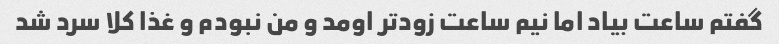
گفتم ساعت بیاد اما نیم ساعت زودتر اومد و من نبودم و غذا کلا سرد شد